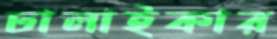
ঢালাইকার